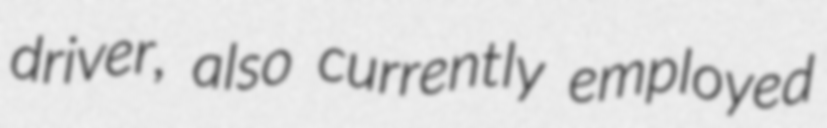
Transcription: driver, also currently employed